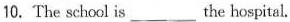
10.The school is___the hospital.